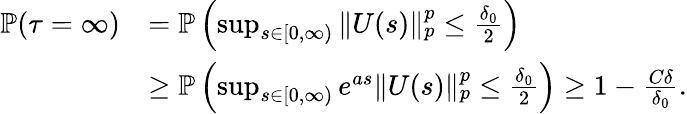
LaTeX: \begin{array}{rl}{\mathbb{P}(\tau=\infty)}&{=\mathbb{P}\left(\operatorname*{sup}_{s\in[0,\infty)}\| U(s)\| _{p}^{p}\leq\frac{\delta_{0}}{2}\right)}\\ &{\geq\mathbb{P}\left(\operatorname*{sup}_{s\in[0,\infty)}e^{as}\| U(s)\| _{p}^{p}\leq\frac{\delta_{0}}{2}\right)\geq 1-\frac{C\delta}{\delta_{0}}.}\end{array}